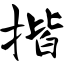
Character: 揩